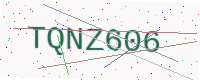
Text: TQNZ606